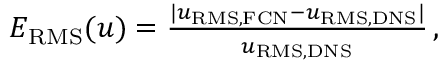
\begin{array} { r } { E _ { \mathrm { R M S } } ( u ) = \frac { | u _ { \mathrm { R M S , F C N } } - u _ { \mathrm { R M S , D N S } } | } { u _ { \mathrm { R M S , D N S } } } \, , } \end{array}